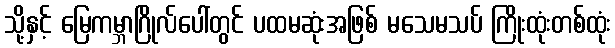
သို့နှင့် မြေကမ္ဘာဂြိုလ်ပေါ်တွင် ပထမဆုံးအဖြစ် မသေမသပ် ကြိုးထုံးတစ်ထုံး